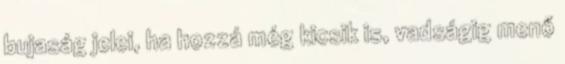
bujaság jelei, ha hozzá még kicsik is, vadságig menő